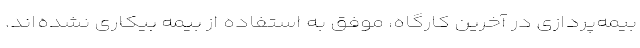
بیمه‌پردازی در آخرین کارگاه، موفق به استفاده از بیمه بیکاری نشده‌اند.